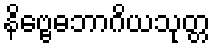
နိဗ္ဗေဓဘာဂိယသုတ္တ